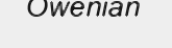
Owenian